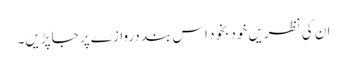
ان کی نظریں خود بخود اس بند دروازے پر جا پڑیں۔